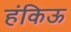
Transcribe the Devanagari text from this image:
हंकिऊ